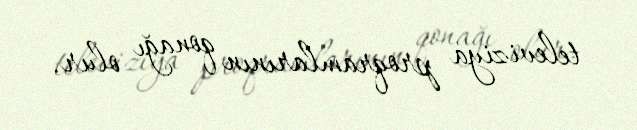
televiziya proqramlarının qonağı olur.